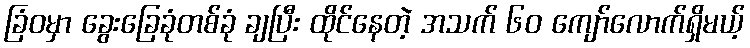
ခြံဝမှာ ခွေးခြေခုံတစ်ခုံ ချပြီး ထိုင်နေတဲ့ အသက် ၆၀ ကျော်လောက်ရှိမယ့်